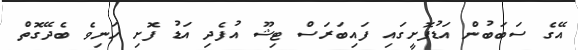
އޭގެ ސަބަބުން އަޑުފޮށީގައި ފައިބަރަސް ޓިޝޫ އުފެދި އަޑު ފޮށި ހަނިވެ ބެދޭގޮތް